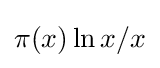
{\textstyle \pi (x)\ln x/x}